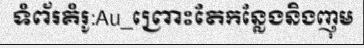
ទំព័រគំរូ:Au_ព្រោះតែកន្លែងនិងញុម